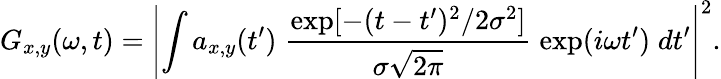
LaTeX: G_{x,y}(\omega,t)=\left|\int a_{x,y}(t^{\prime})\; \frac{\mathrm{exp}[-(t-t^{\prime})^{2}/2\sigma^{2}]}{\sigma\sqrt{2\pi}}\; \mathrm{exp}(i\omega t^{\prime})\; dt^{\prime}\right|^{2}.